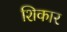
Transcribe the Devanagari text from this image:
शिकार